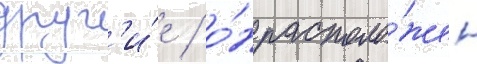
друг'и́е / о́н располо́жен